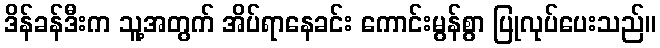
ဒိန်ခန်ဒီးက သူ့အတွက် အိပ်ရာနေခင်း ကောင်းမွန်စွာ ပြုလုပ်ပေးသည်။